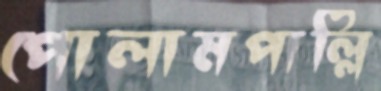
পোলামপাল্লি